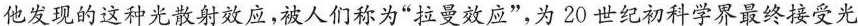
他发现的这种光散射效应，被人们称为”拉曼效应”，为20世纪初科学界最终接受光